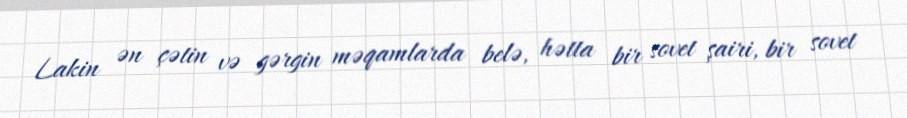
Lakin ən çətin və gərgin məqamlarda belə, hətta bir sovet şairi, bir sovet